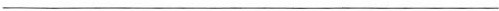
___